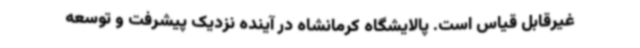
غیرقابل قیاس است. پالایشگاه کرمانشاه در آینده نزدیک پیشرفت و توسعه